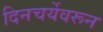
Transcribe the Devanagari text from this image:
दिनचर्येवरून